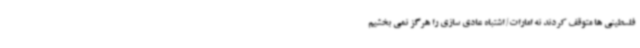
فلسطینی ها متوقف کردند نه امارات/ اشتباه عادی سازی را هرگز نمی بخشیم